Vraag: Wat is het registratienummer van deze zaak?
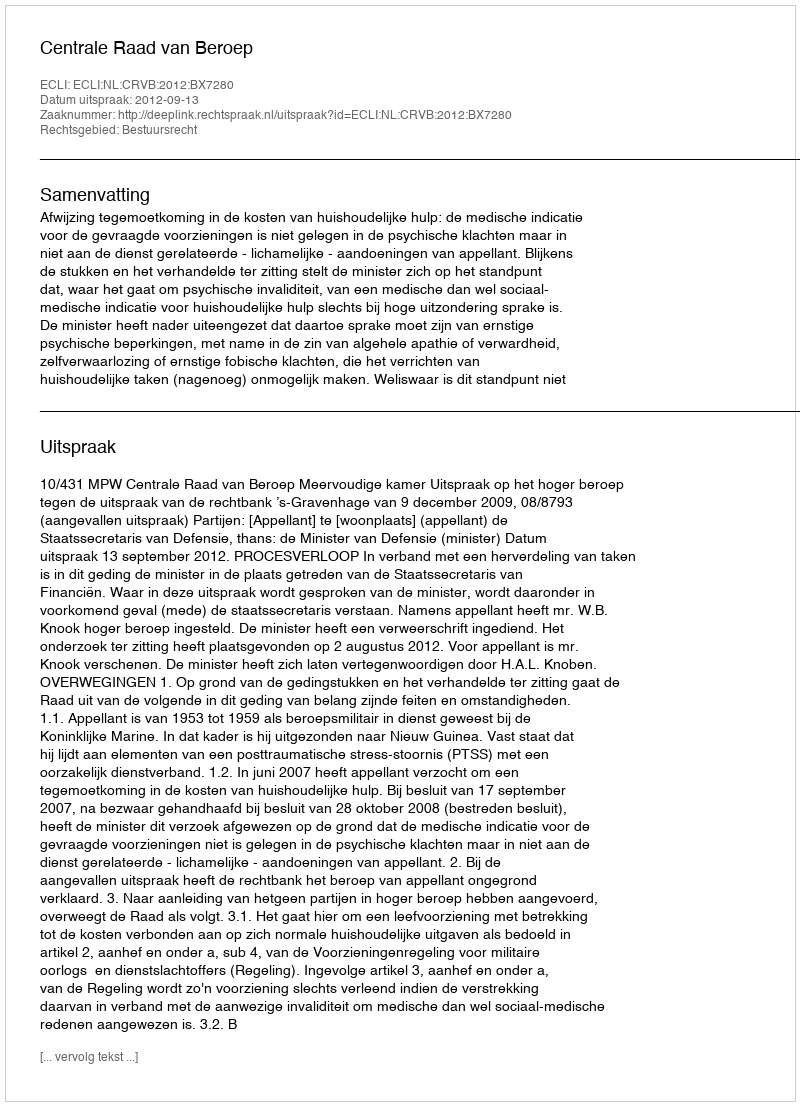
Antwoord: http://deeplink.rechtspraak.nl/uitspraak?id=ECLI:NL:CRVB:2012:BX7280